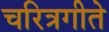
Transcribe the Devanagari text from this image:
चरित्रगीते